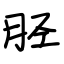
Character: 胫